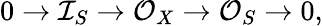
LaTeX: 0\to\mathcal{I}_{S}\to\mathcal{O}_{X}\to\mathcal{O}_{S}\to 0,